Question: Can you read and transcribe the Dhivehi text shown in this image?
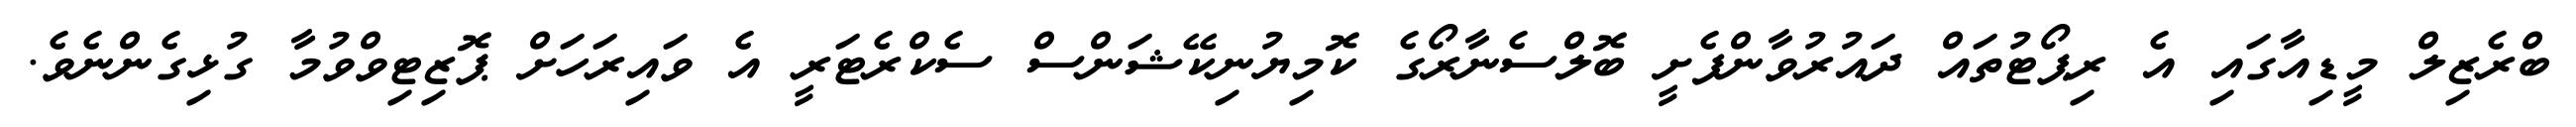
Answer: ބްރެޒިލް މީޑިއާގައި އެ ރިޕޯޓުތައް ދައުރުވާންފެށީ ބޮލްސެނާރޯގެ ކޮމިޔުނިކޭޝަންސް ސެކްރެޓަރީ އެ ވައިރަހަށް ޕޮޒިޓިވްވުމާ ގުޅިގެންނެވެ.